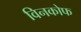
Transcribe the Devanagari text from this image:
विनकोफ